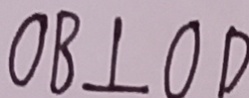
O B \bot O D